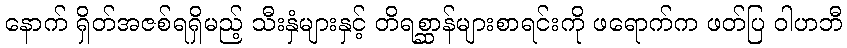
နောက် ရှိတ်အဇစ်ရရှိမည့် သီးနှံများနှင့် တိရစ္ဆာန်များစာရင်းကို ဖရောက်က ဖတ်ပြ ဝါဟဘီ